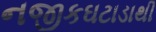
નજીકઘટાડાથી